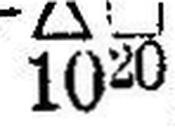
+∆□ 1020